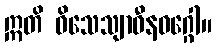
ဣတိ ဝိသေသျာဓီနဝဂ္ဂေါ။